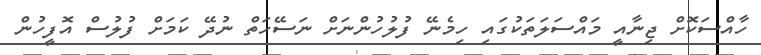
ހާއްސަކޮށް ޖިނާއީ މައްސަލަތަކުގައި ހިމެނޭ ފުލުހުންނަށް ނަސޭހަތް ނުދޭ ކަމަށް ފުލުސް އޮފީހުން